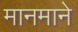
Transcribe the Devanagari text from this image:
मानमाने